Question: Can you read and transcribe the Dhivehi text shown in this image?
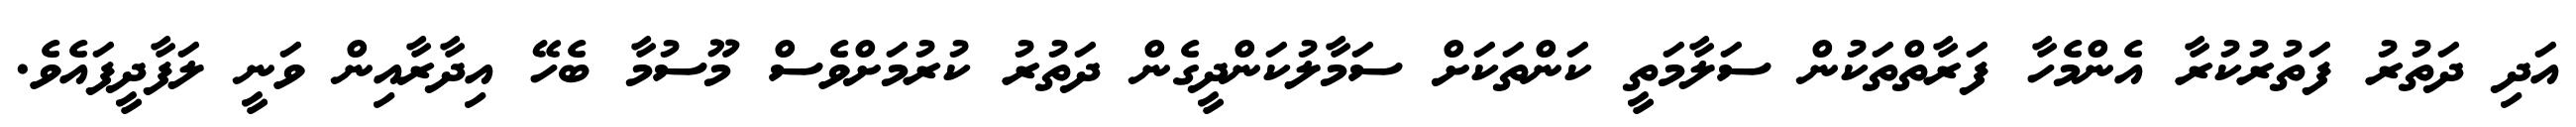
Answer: އަދި ދަތުރު ފަތުރުކުރާ އެންމެހާ ފަރާތްތަކުން ސަލާމަތީ ކަންތަކަށް ސަމާލުކަންދީގެން ދަތުރު ކުރުމަށްވެސް މޫސުމާ ބެހޭ އިދާރާއިން ވަނީ ލަފާދީފައެވެ.